Treatise on elephants
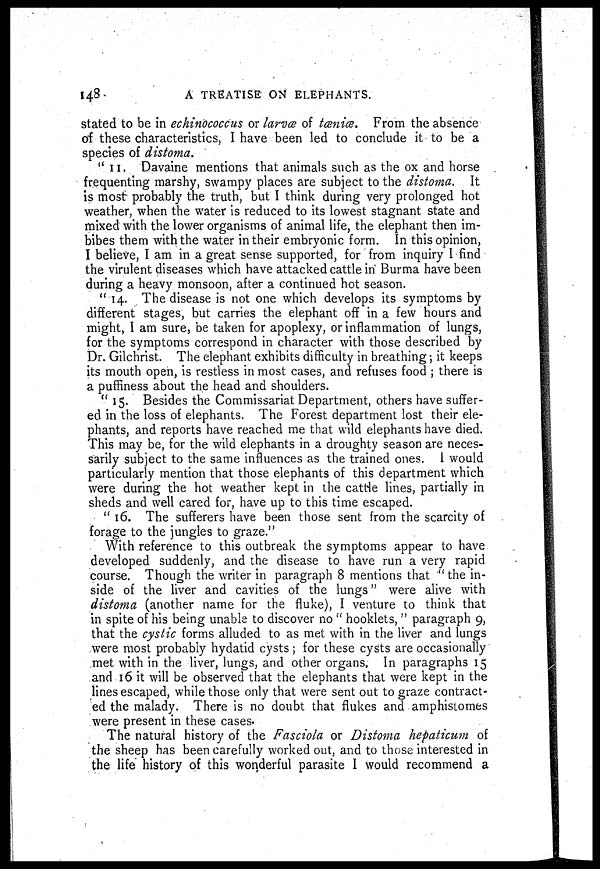
148
A TREATISE ON ELEPHANTS.
stated to be in echinococcus or larva of tœniœ. From the absence
of these characteristics, I have been led to conclude it to be a
species of distoma.
" 11. Davaine mentions that animals such as the ox and horse
frequenting marshy, swampy places are subject to the distoma. It
is most probably the truth, but I think during very prolonged hot
weather, when the water is reduced to its lowest stagnant state and
mixed with the lower organisms of animal life, the elephant then im-
bibes them with the water in their embryonic form. In this opinion,
I believe, I am in a great sense supported, for from inquiry I find
the virulent diseases which have attacked cattle in Burma have been
during a heavy monsoon, after a continued hot season.
" 14. The disease is not one which develops its symptoms by
different stages, but carries the elephant off in a few hours and
might, I am sure, be taken for apoplexy, or inflammation of lungs,
for the symptoms correspond in character with those described by
Dr. Gilchrist. The elephant exhibits difficulty in breathing ; it keeps
its mouth open, is restless in most cases, and refuses food ; there is
a puffiness about the head and shoulders.
" 15. Besides the Commissariat Department, others have suffer-
ed in the loss of elephants. The Forest department lost their ele-
phants, and reports have reached me that wild elephants have died.
This may be, for the wild elephants in a droughty season are neces-
sarily subject to the same influences as the trained ones. I would
particularly mention that those elephants of this department which
were during the hot weather kept in the cattle lines, partially in
sheds and well cared for, have up to this time escaped.
" 16. The sufferers have been those sent from the scarcity of
forage to the jungles to graze."
With reference to this outbreak the symptoms appear to have
developed suddenly, and the disease to have run a very rapid
course. Though the writer in paragraph 8 mentions that " the in-
side of the liver and cavities of the lungs" were alive with
distoma (another name for the fluke), I venture to think that
in spite of his being unable to discover no " hooklets, " paragraph 9,
that the cystic forms alluded to as met with in the liver and lungs
were most probably hydatid cysts ; for these cysts are occasionally
met with in the liver, lungs, and other organs. In paragraphs 15
and 16 it will be observed that the elephants that were kept in the
lines escaped, while those only that were sent out to graze contract-
ed the malady. There is no doubt that flukes and amphistomes
were present in these cases.
The natural history of the Fasciola or Distoma hepaticum of
the sheep has been carefully worked out, and to those interested in
the life history of this wonderful parasite I would recommend a